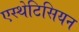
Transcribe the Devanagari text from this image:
एस्थेटिसियन